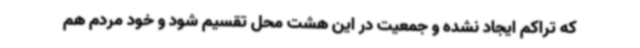
که تراکم ایجاد نشده و جمعیت در این هشت محل تقسیم شود و خود مردم هم